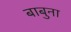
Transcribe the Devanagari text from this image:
बाबुना